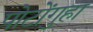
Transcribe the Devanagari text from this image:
पोटोंगुहा